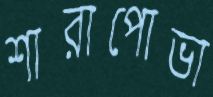
শারাপোভা